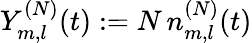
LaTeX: Y_{m,l}^{(N)}(t):=N\, n_{m,l}^{(N)}(t)